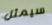
سيمثل